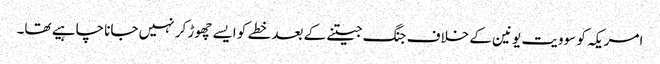
امریکہ کو سوویت یونین کے خلاف جنگ جیتنے کے بعد خطے کو ایسے چھوڑ کر نہیں جانا چاہیے تھا۔